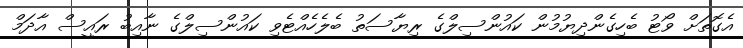
އެގޮތަށް ވޯޓު ބެހިގެންދިޔުމުން ކައުންސިލްގެ ރިޔާސަތު ބެލެހެއްޓެވި ކައުންސިލްގެ ނާއިބު ރައީސް އާދަމް